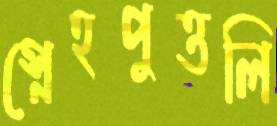
স্নেহপুত্তলি